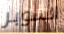
السوبر